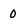
Character: 0